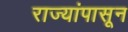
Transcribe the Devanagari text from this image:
राज्यांपासून